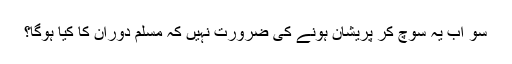
سو اب یہ سوچ کر پریشان ہونے کی ضرورت نہیں کہ مسلمِ دوران کا کیا ہوگا؟